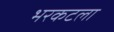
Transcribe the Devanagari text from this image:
भरकटला